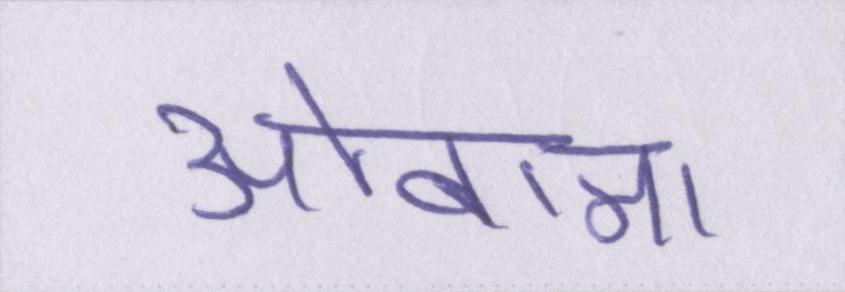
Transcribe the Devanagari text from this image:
ओबामा